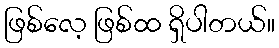
ဖြစ်လေ့ ဖြစ်ထ ရှိပါတယ်။